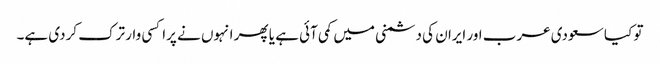
تو کیا سعودی عرب اور ایران کی دشمنی میں کمی آئی ہے یا پھر انہوں نے پراکسی وار ترک کردی ہے۔